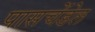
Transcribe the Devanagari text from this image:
पासचेंडेल